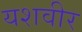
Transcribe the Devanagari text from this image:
यशवीर